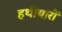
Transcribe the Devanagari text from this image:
हथीयारों